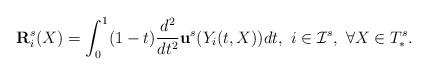
LaTeX: \begin{align*} ~~ \mathbf{ R}^s_i(X)=\int_0^1(1-t)\frac{d^2}{dt^2} \mathbf{ u}^s(Y_i(t,X))dt, ~i\in \mathcal{I}^s, ~\forall X \in T_{\ast}^s.\end{align*}